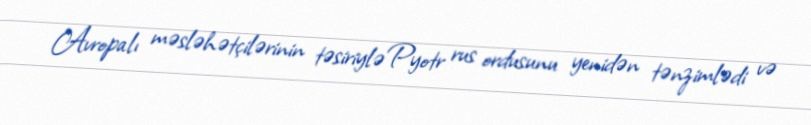
Avropalı məsləhətçilərinin təsiriylə Pyotr rus ordusunu yenidən tənzimlədi və